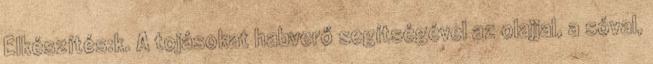
Elkészítés:k. A tojásokat habverő segítségével az olajjal, a sóval,